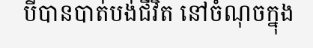
បីបានបាត់បង់ជីវិត នៅចំណុចក្នុង